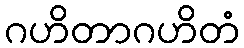
ဂဟိတာဂဟိတံ